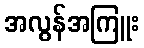
အလွန်အကြူး